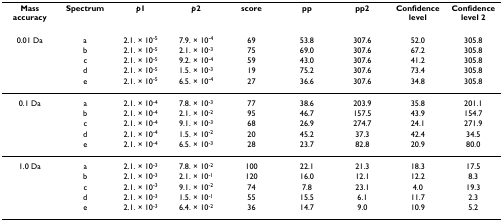
<table><thead><tr><td><b>Mass accuracy</b></td><td><b>Spectrum</b></td><td><b><i>p</i>1</b></td><td><b><i>p</i>2</b></td><td><b>score</b></td><td><b>pp</b></td><td><b>pp2</b></td><td><b>Confidence level</b></td><td><b>Confidence level 2</b></td></tr></thead><tbody><tr><td>0.01 Da</td><td>a</td><td>2.1. × 10<sup>-5</sup></td><td>7.9. × 10<sup>-4</sup></td><td>69</td><td>53.8</td><td>307.6</td><td>52.0</td><td>305.8</td></tr><tr><td></td><td>b</td><td>2.1. × 10<sup>-5</sup></td><td>2.1. × 10<sup>-3</sup></td><td>75</td><td>69.0</td><td>307.6</td><td>67.2</td><td>305.8</td></tr><tr><td></td><td>c</td><td>2.1. × 10<sup>-5</sup></td><td>9.2. × 10<sup>-4</sup></td><td>59</td><td>43.0</td><td>307.6</td><td>41.2</td><td>305.8</td></tr><tr><td></td><td>d</td><td>2.1. × 10<sup>-5</sup></td><td>1.5. × 10<sup>-3</sup></td><td>19</td><td>75.2</td><td>307.6</td><td>73.4</td><td>305.8</td></tr><tr><td></td><td>e</td><td>2.1. × 10<sup>-5</sup></td><td>6.5. × 10<sup>-4</sup></td><td>27</td><td>36.6</td><td>307.6</td><td>34.8</td><td>305.8</td></tr><tr><td>0.1 Da</td><td>a</td><td>2.1. × 10<sup>-4</sup></td><td>7.8. × 10<sup>-3</sup></td><td>77</td><td>38.6</td><td>203.9</td><td>35.8</td><td>201.1</td></tr><tr><td></td><td>b</td><td>2.1. × 10<sup>-4</sup></td><td>2.1. × 10<sup>-2</sup></td><td>95</td><td>46.7</td><td>157.5</td><td>43.9</td><td>154.7</td></tr><tr><td></td><td>c</td><td>2.1. × 10<sup>-4</sup></td><td>9.1. × 10<sup>-3</sup></td><td>68</td><td>26.9</td><td>274.7</td><td>24.1</td><td>271.9</td></tr><tr><td></td><td>d</td><td>2.1. × 10<sup>-4</sup></td><td>1.5. × 10<sup>-2</sup></td><td>20</td><td>45.2</td><td>37.3</td><td>42.4</td><td>34.5</td></tr><tr><td></td><td>e</td><td>2.1. × 10<sup>-4</sup></td><td>6.5. × 10<sup>-3</sup></td><td>28</td><td>23.7</td><td>82.8</td><td>20.9</td><td>80.0</td></tr><tr><td>1.0 Da</td><td>a</td><td>2.1. × 10<sup>-3</sup></td><td>7.8. × 10<sup>-2</sup></td><td>100</td><td>22.1</td><td>21.3</td><td>18.3</td><td>17.5</td></tr><tr><td></td><td>b</td><td>2.1. × 10<sup>-3</sup></td><td>2.1. × 10<sup>-1</sup></td><td>120</td><td>16.0</td><td>12.1</td><td>12.2</td><td>8.3</td></tr><tr><td></td><td>c</td><td>2.1. × 10<sup>-3</sup></td><td>9.1. × 10<sup>-2</sup></td><td>74</td><td>7.8</td><td>23.1</td><td>4.0</td><td>19.3</td></tr><tr><td></td><td>d</td><td>2.1. × 10<sup>-3</sup></td><td>1.5. × 10<sup>-1</sup></td><td>55</td><td>15.5</td><td>6.1</td><td>11.7</td><td>2.3</td></tr><tr><td></td><td>e</td><td>2.1. × 10<sup>-3</sup></td><td>6.4. × 10<sup>-2</sup></td><td>36</td><td>14.7</td><td>9.0</td><td>10.9</td><td>5.2</td></tr></tbody></table>